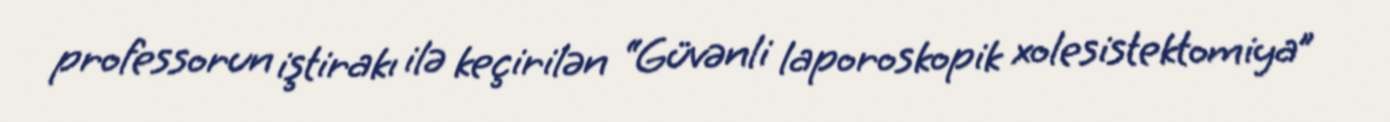
professorun iştirakı ilə keçirilən “Güvənli laporoskopik xolesistektomiya”